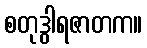
စတုဒွါရဇာတက။